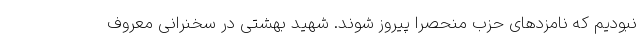
نبودیم که نامزدهای حزب منحصرا پیروز شوند. شهید بهشتی در سخنرانی معروف